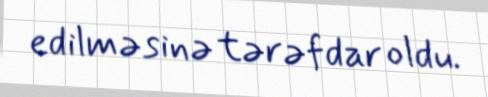
edilməsinə tərəfdar oldu.